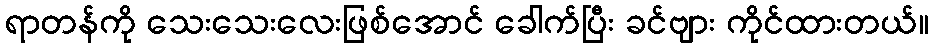
ရာတန်ကို သေးသေးလေးဖြစ်အောင် ခေါက်ပြီး ခင်ဗျား ကိုင်ထားတယ်။